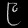
Digit: ၉